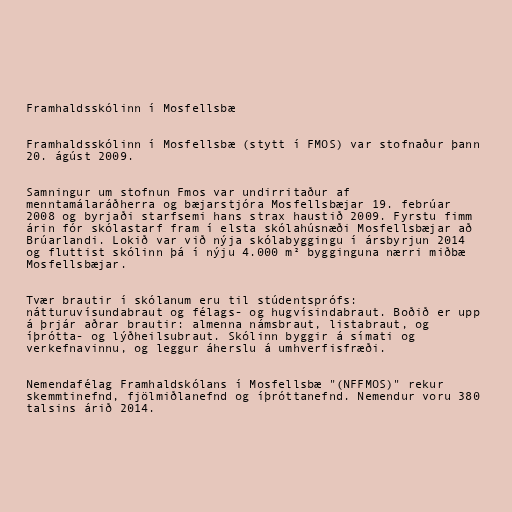
Framhaldsskólinn í Mosfellsbæ

Framhaldsskólinn í Mosfellsbæ (stytt í FMOS) var stofnaður þann
20. ágúst 2009.

Samningur um stofnun Fmos var undirritaður af
menntamálaráðherra og bæjarstjóra Mosfellsbæjar 19. febrúar
2008 og byrjaði starfsemi hans strax haustið 2009. Fyrstu fimm
árin fór skólastarf fram í elsta skólahúsnæði Mosfellsbæjar að
Brúarlandi. Lokið var við nýja skólabyggingu í ársbyrjun 2014
og fluttist skólinn þá í nýju 4.000 m² bygginguna nærri miðbæ
Mosfellsbæjar.

Tvær brautir í skólanum eru til stúdentsprófs:
nátturuvísundabraut og félags- og hugvísindabraut. Boðið er upp
á þrjár aðrar brautir: almenna námsbraut, listabraut, og
íþrótta- og lýðheilsubraut. Skólinn byggir á símati og
verkefnavinnu, og leggur áherslu á umhverfisfræði.

Nemendafélag Framhaldskólans í Mosfellsbæ "(NFFMOS)" rekur
skemmtinefnd, fjölmiðlanefnd og íþróttanefnd. Nemendur voru 380
talsins árið 2014.